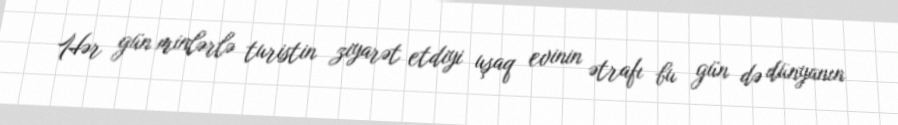
Hər gün minlərlə turistin ziyarət etdiyi uşaq evinin ətrafı bu gün də dünyanın